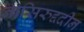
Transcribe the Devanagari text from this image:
नासिरुद्ददीन